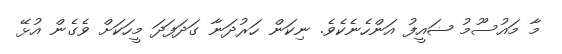
މާ މައުސޫމު ޟައީފު އަންހެނެކެވެ. ނިކަން ހަރުދަނާ ގަދަފަދަ މީހަކަށް ވެގެން އުޅޭ